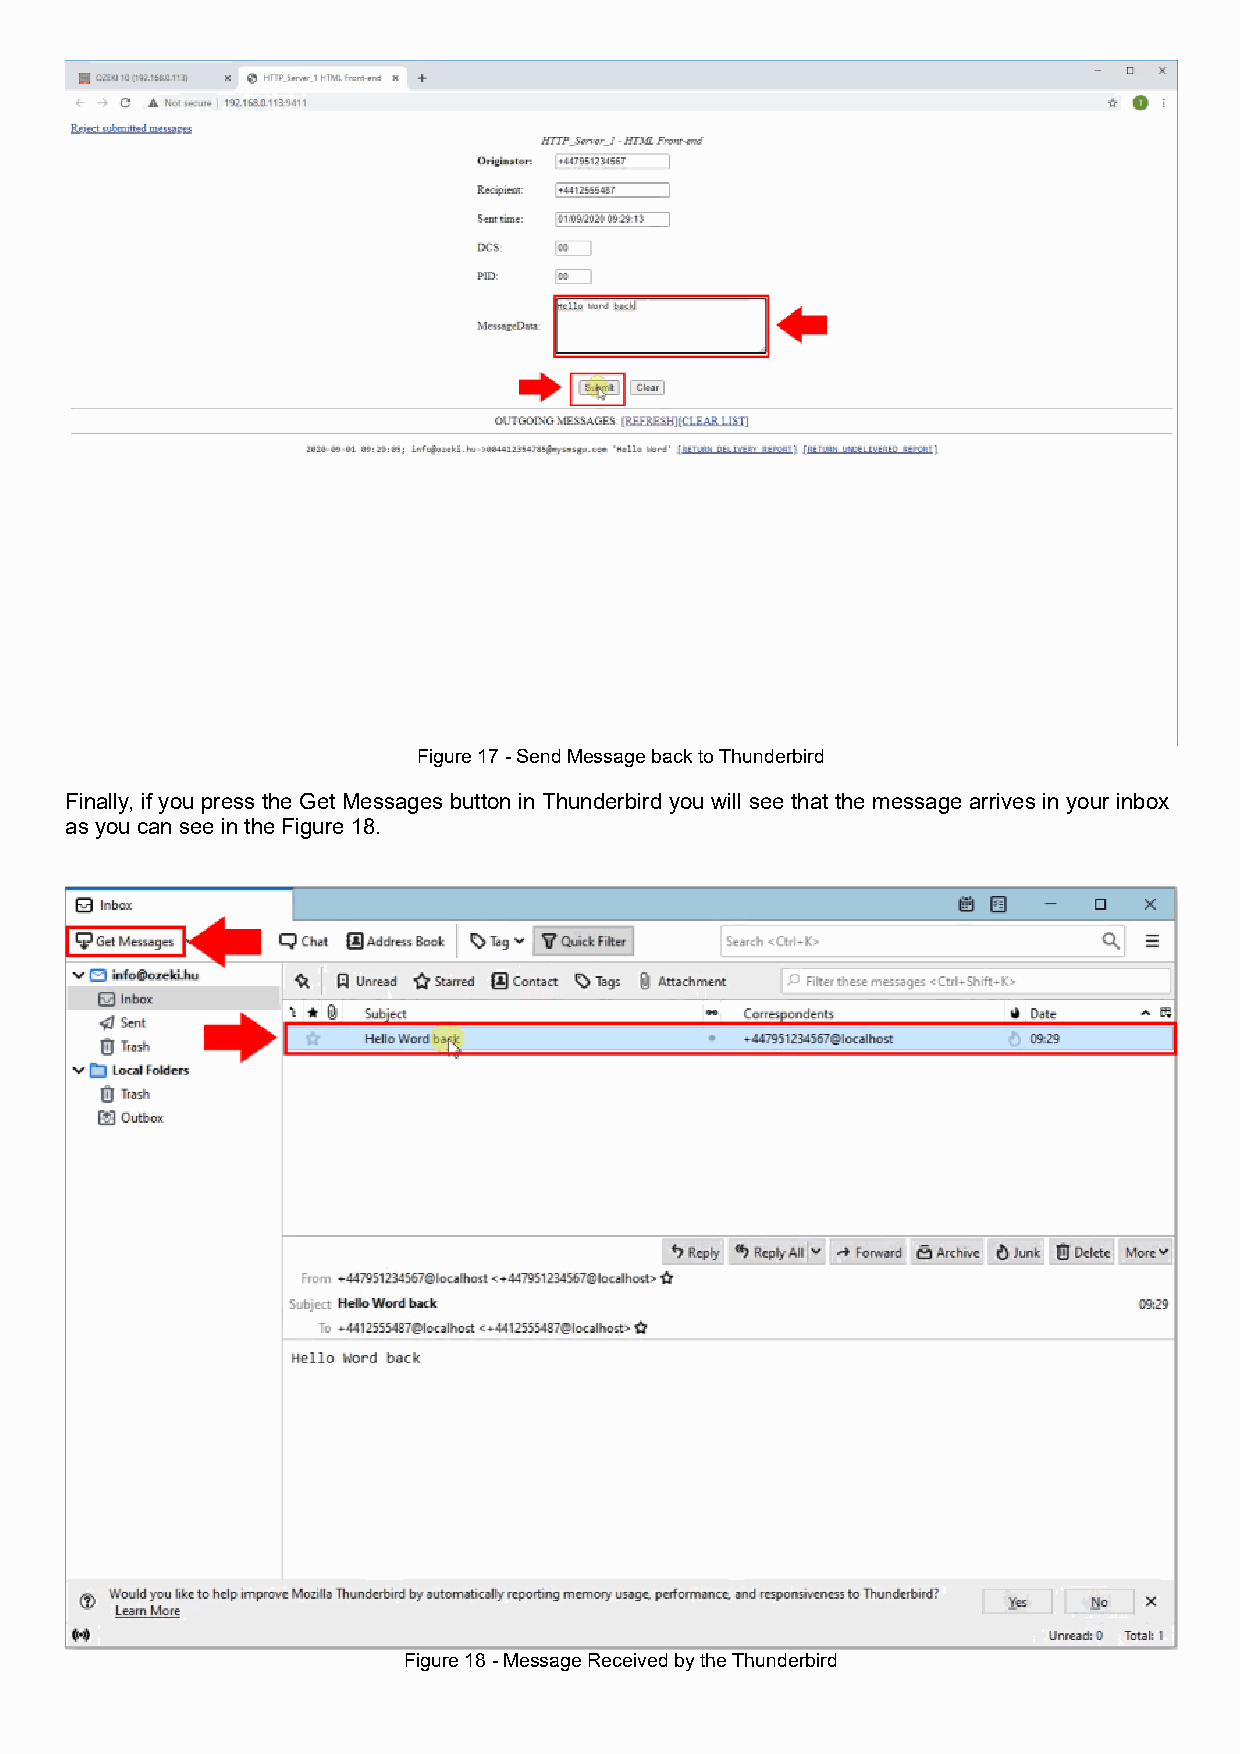
Figure 17 - Send Message back to Thunderbird
 Finally, if you press the Get Messages button in Thunderbird you will see that the message arrives in your inbox
 as you can see in the Figure 18.
 Figure 18 - Message Received by the Thunderbird